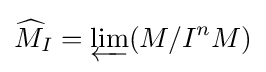
{\widehat {M}}_{I}=\varprojlim (M/I^{n}M)